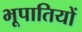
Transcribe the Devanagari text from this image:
भूपातियों